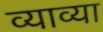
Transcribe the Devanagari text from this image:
व्याव्या